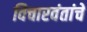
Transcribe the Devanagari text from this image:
विचारवंतांचे